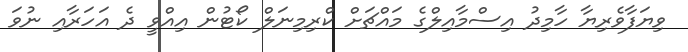
ވިޔަފާވެރިޔާ ހާމިދު އިސްމާއިލްގެ މައްޗަށް ކްރިމިނަލް ކޯޓުން އިއްވީ ދެ އަހަރާއި ނުވަ